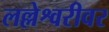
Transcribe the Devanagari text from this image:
लल्लेश्वरीवर